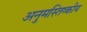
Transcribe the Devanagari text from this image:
अनुमस्तिष्‍कीय